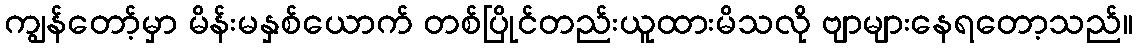
ကျွန်တော့်မှာ မိန်းမနှစ်ယောက် တစ်ပြိုင်တည်းယူထားမိသလို ဗျာများနေရတော့သည်။